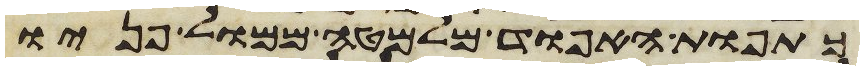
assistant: כתפות האפוד מלמטה ממול פניו